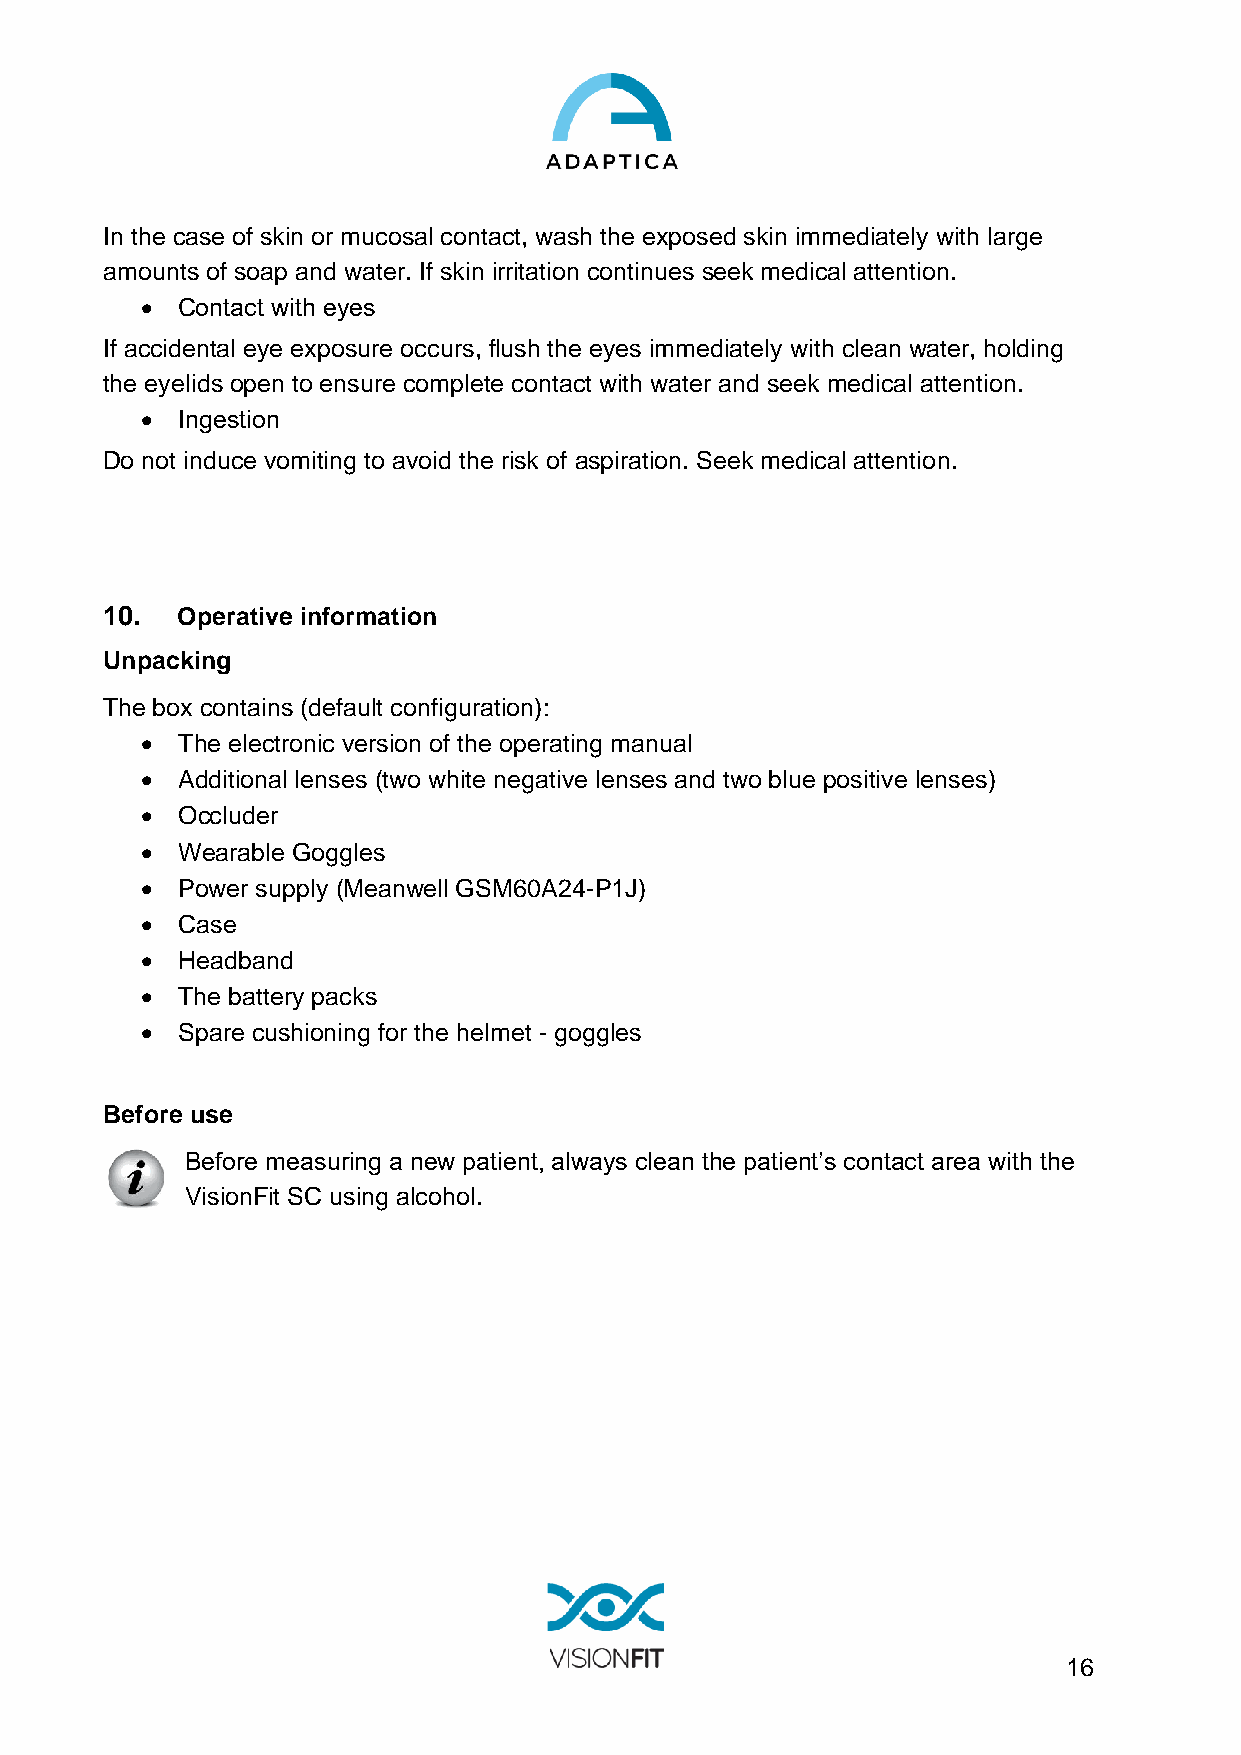
In the case of skin or mucosal contact, wash the exposed skin immediately with large
 amounts of soap and water. If skin irritation continues seek medical attention.
 •  Contact with eyes
 If accidental eye exposure occurs, flush the eyes immediately with clean water, holding
 the eyelids open to ensure complete contact with water and seek medical attention.
 •  Ingestion
 Do not induce vomiting to avoid the risk of aspiration. Seek medical attention.
 10.  Operative information
 Unpacking
 The box contains (default configuration):
 •  The electronic version of the operating manual
 •  Additional lenses (two white negative lenses and two blue positive lenses)
 •  Occluder
 •  Wearable Goggles
 •  Power supply (Meanwell GSM60A24-P1J)
 •  Case
 •  Headband
 •  The battery packs
 •  Spare cushioning for the helmet - goggles
 Before use
 Before measuring a new patient, always clean the patient’s contact area with the
 VisionFit SC using alcohol.
 16